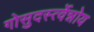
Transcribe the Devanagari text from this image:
गोसुदर्स्त्वेन्नोय